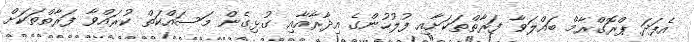
އެފަދަ ޕްރޮގްރާމް ބައްލަވާ ފަރާތްތަކަށާއި ފުލުހުންގެ އިދާރާއާއި ގުޅިގެން މަސައްކަތް ކުރައްވާ ފަރާތްތަކަށް